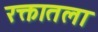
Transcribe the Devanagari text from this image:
रक्तातला